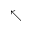
\nwarrow